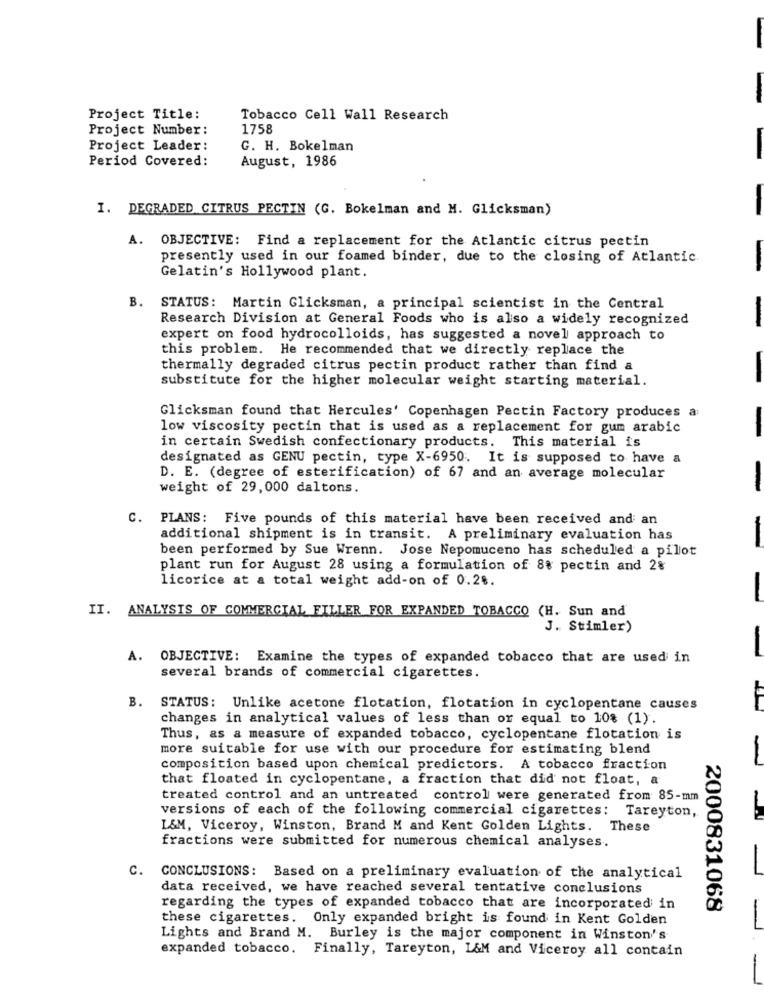
Project Title:
Tobacco Cell Wall Research
Project Number:
1758
Project Leader:
G. H. Bokelman
Period Covered:
August, 1986
I. DEGRADED CITRUS PECTIN (G. Bokelman and M. Glicksman)
-
A.
OBJECTIVE: Find a replacement for the Atlantic citrus pectin
presently used in our foamed binder, due to the closing of Atlantic.
Gelatin's Hollywood plant.
B. STATUS: Martin Glicksman, a principal scientist in the Central
Research Division at General Foods who is also a widely recognized
expert on food hydrocolloids, has suggested a novel approach to
this problem. He recommended that we directly replace the
thermally degraded citrus pectin product rather than find a
substitute for the higher molecular weight starting material.
Glicksman found that Hercules' Copenhagen Pectin Factory produces a
low viscosity pectin that is used as a replacement for gum arabic
in certain Swedish confectionary products. This material is
designated as GENU pectin, type X-6950. It is supposed to have a
D. E. (degree of esterification) of 67 and an average molecular
weight of 29,000 daltons.
C. PLANS: Five pounds of this material have been received and an
additional shipment is in transit. A preliminary evaluation has
been performed by Sue Wrenn. Jose Nepomuceno has scheduled a pilot
plant run for August 28 using a formulation of 8% pectin and 2%
licorice at a total weight add-on of 0.28.
II. ANALYSIS OF COMMERCIAL FILLER FOR EXPANDED TOBACCO (H. Sun and
J. Stimler)
A.
OBJECTIVE: Examine the types of expanded tobacco that are used in
several brands of commercial cigarettes.
B. STATUS: Unlike acetone flotation, flotation in cyclopentane causes
changes in analytical values of less than or equal to 10% (1).
Thus, as a measure of expanded tobacco, cyclopentane flotation is
more suitable for use with our procedure for estimating blend
composition based upon chemical predictors. A tobacco fraction
that floated in cyclopentane, a fraction that did not float, a
treated control and an untreated control were generated from 85-mm
versions of each of the following commercial cigarettes: Tareyton,
L&M, Viceroy, Winston, Brand M and Kent Golden Lights. These
fractions were submitted for numerous chemical analyses.
c.
CONCLUSIONS: Based on a preliminary evaluation of the analytical
data received, we have reached several tentative conclusions
regarding the types of expanded tobacco that are incorporated in
2000831068
these cigarettes. Only expanded bright is found in Kent Golden
Lights and Brand M. Burley is the major component in Winston's
expanded tobacco. Finally, Tareyton, L&M and Viceroy all contain